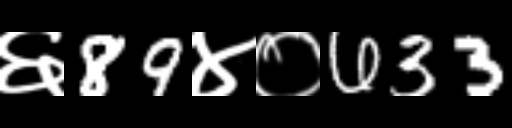
Text: ६89४०633